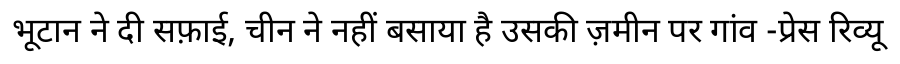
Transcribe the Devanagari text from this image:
भूटान ने दी सफ़ाई, चीन ने नहीं बसाया है उसकी ज़मीन पर गांव -प्रेस रिव्यू